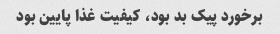
برخورد پیک بد بود، کیفیت غذا پایین بود